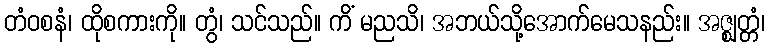
တံဝစနံ၊ ထိုစကားကို။ တွံ၊ သင်သည်။ ကိံ မညသိ၊ အဘယ်သို့အောက်မေသနည်း။ အဇ္ဈတ္တံ၊